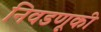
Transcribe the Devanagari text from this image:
निवडणूकी